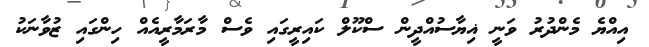
އިއްޔެ މެންދުރު ވަނީ ޣިޔާސުއްދީން ސްކޫލް ކައިރީގައި ވެސް މާރަމާރީއެއް ހިންގައި ޒުވާނަކު